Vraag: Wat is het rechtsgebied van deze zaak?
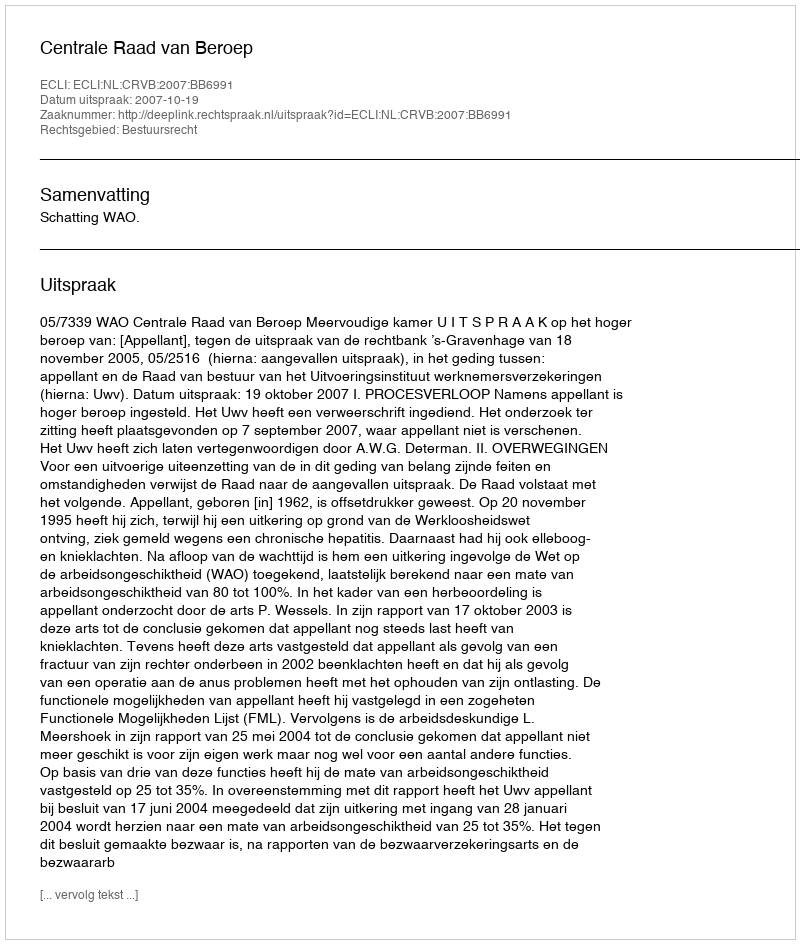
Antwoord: Bestuursrecht